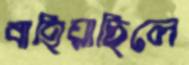
বাহিয়াছিলে